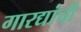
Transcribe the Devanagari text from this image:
गारद्यांची